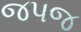
જપજ